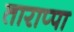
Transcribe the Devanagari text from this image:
ताराप्पा